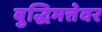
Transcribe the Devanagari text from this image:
बुद्धिमत्तेवर